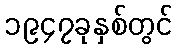
၁၉၄၇ခုနှစ်တွင်